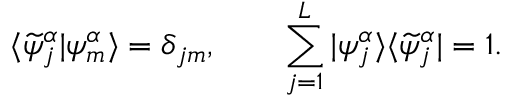
\langle \widetilde { \psi } _ { j } ^ { \alpha } | \psi _ { m } ^ { \alpha } \rangle = \delta _ { j m } , \qquad \sum _ { j = 1 } ^ { L } | \psi _ { j } ^ { \alpha } \rangle \langle \widetilde { \psi } _ { j } ^ { \alpha } | = 1 .